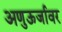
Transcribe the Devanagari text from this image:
अणुऊर्जावर